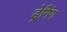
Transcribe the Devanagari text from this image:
ड्रेगिंग